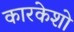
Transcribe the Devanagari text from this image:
कारकेशो